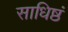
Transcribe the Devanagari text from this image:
साधिष्ठं